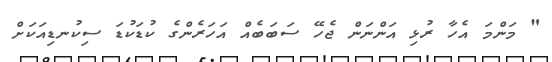
" މަންމަ އެހާ ރުޅި އަންނަން ޖެހޭ ސަބަބެއް އަހަރެންގެ ކުޑަކުޑަ ސިކުނޑިއަކަށް